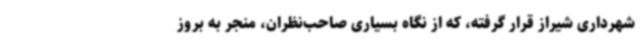
شهرداری شیراز قرار گرفته، که از نگاه بسیاری صاحب‌نظران، منجر به بروز